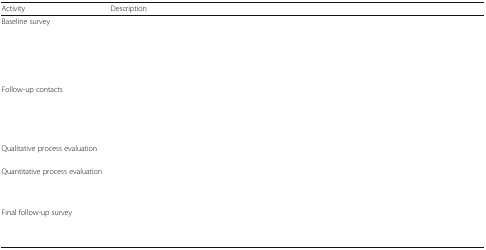
<table><thead><tr><td><b>Activity</b></td><td><b>Description</b></td></tr></thead><tbody><tr><td>Baseline survey</td><td>[EMPTY_CELL]</td></tr><tr><td>Follow-up contacts</td><td>[EMPTY_CELL]</td></tr><tr><td>Qualitative process evaluation</td><td>[EMPTY_CELL]</td></tr><tr><td>Quantitative process evaluation</td><td>[EMPTY_CELL]</td></tr><tr><td>Final follow-up survey</td><td>[EMPTY_CELL]</td></tr></tbody></table>